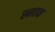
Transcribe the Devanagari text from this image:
स्नतक